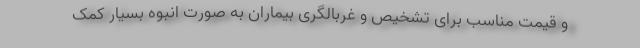
و قیمت مناسب برای تشخیص و غربالگری بیماران به صورت انبوه بسیار کمک